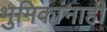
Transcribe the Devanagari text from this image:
भुमिकांनाही